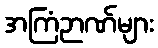
အကြံဉာဏ်များ